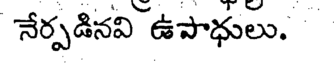
నేర్పడినవి ఉపాధులు.